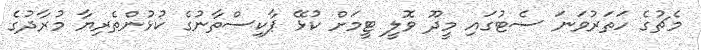
މެޗުގެ ހަތަރުވަނަ ސެޓުގައި މީދޫ ވޮލީ ޓީމަށް ކުޅޭ ޕާކިސްތާނުގެ ކުޅުންތެރިޔާ މުރާދުގެ